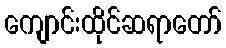
ကျောင်းထိုင်ဆရာတော်